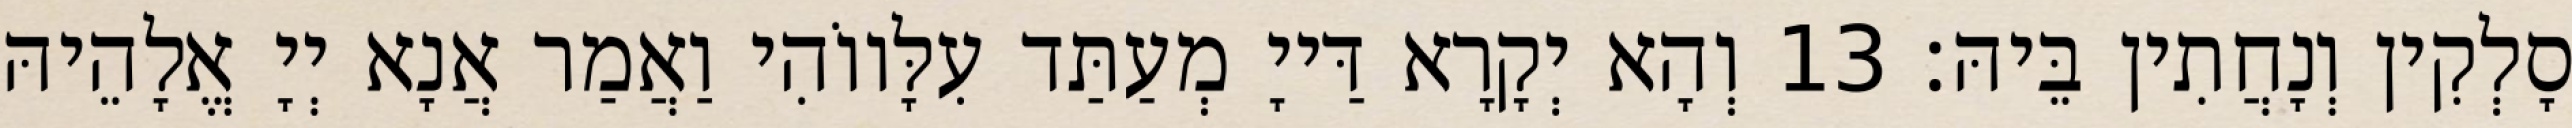
סָלְקִין וְנָחֲתִין בֵּיהּ׃ 13 וְהָא יְקָרָא דַּייָ מְעַתַּד עִלָּווֹהִי וַאֲמַר אֲנָא יְיָ אֱלָהֵיהּ